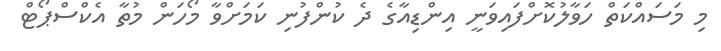
މި މަސައްކަތް ހަވާލުކޮށްފައިވަނީ އިންޑިއާގެ ދެ ކުންފުނި ކަމަށްވާ މޯހަން މުތާ އެކްސްޕޯޓް